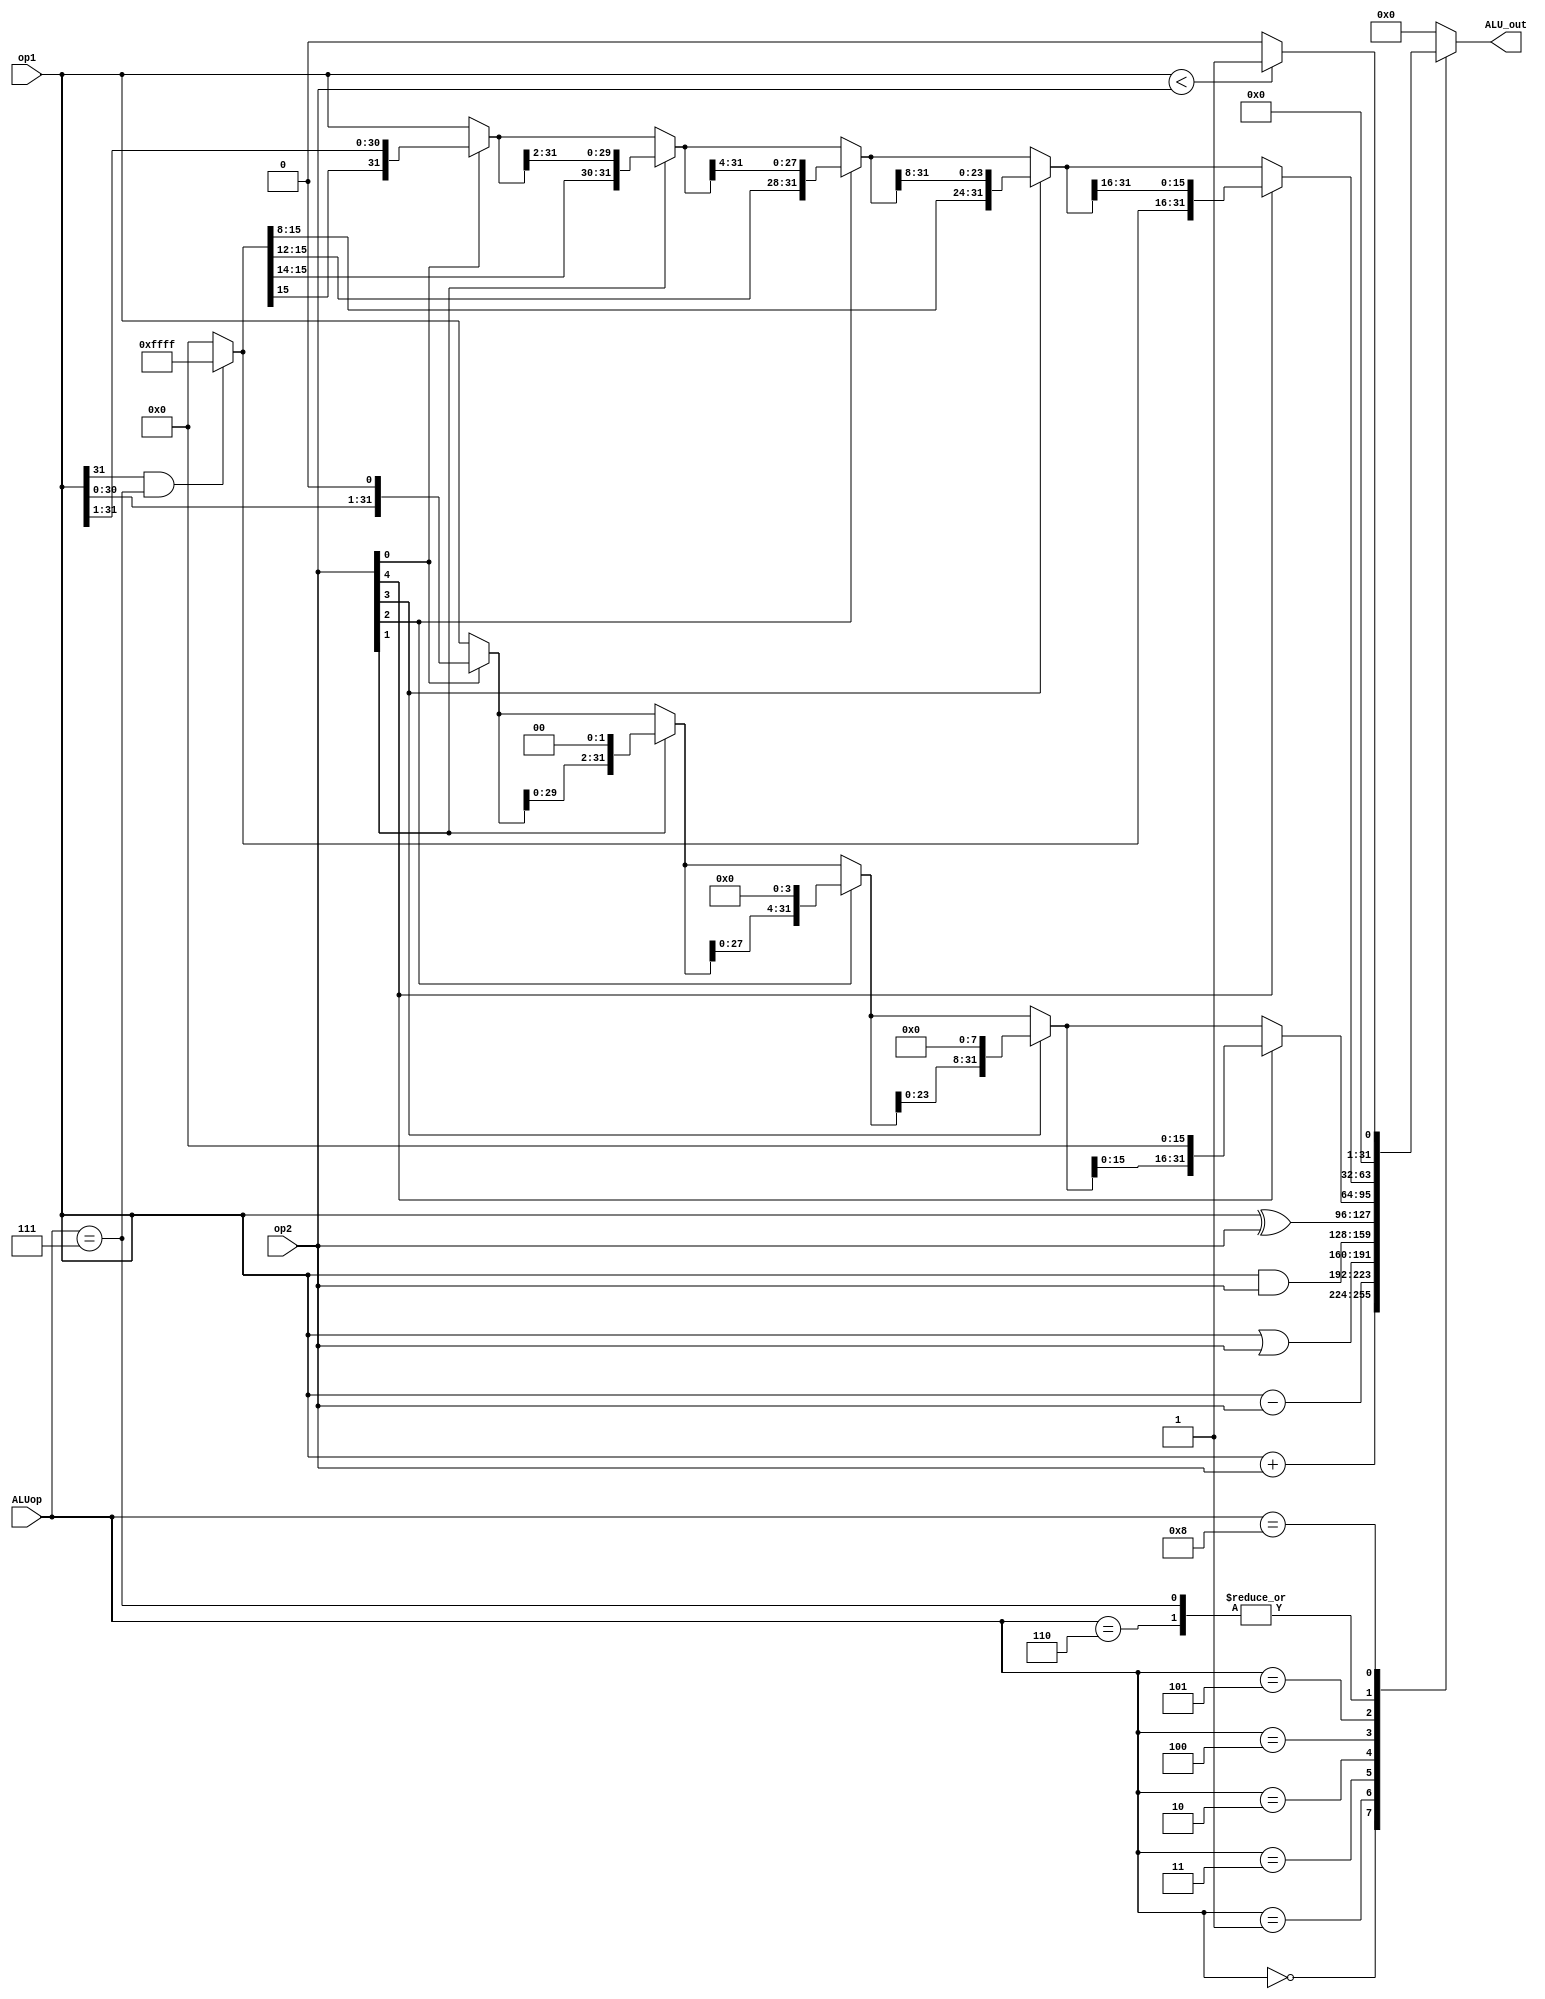
module ALU (
    input [3:0] ALUop, 
    input [31:0] op1, op2,
    output reg [31:0] ALU_out
);
    localparam ADD_op = 4'b0000;
    localparam SUB_op = 4'b0001;
    localparam AND_op = 4'b0010;
    localparam OR_op = 4'b0011;
    localparam XOR_op = 4'b0100;
    localparam SLL_op = 4'b0101; //Shift Left Logical
    localparam SRL_op = 4'b0110; //Shift Right Logical 
    localparam SRA_op = 4'b0111; //Shift Right Arith
    localparam SLT_op = 4'b1000; //Set less than


    reg [31:16]     shift_right_fill_r;
    reg [31:0]      shift_right_1_r;
    reg [31:0]      shift_right_2_r;
    reg [31:0]      shift_right_4_r;
    reg [31:0]      shift_right_8_r;
    reg [31:0]      shift_left_1_r;
    reg [31:0]      shift_left_2_r;
    reg [31:0]      shift_left_4_r;
    reg [31:0]      shift_left_8_r;

    always @(op1 or op2 or ALUop) begin

        shift_right_fill_r = 16'b0;
        shift_right_1_r = 32'b0;
        shift_right_2_r = 32'b0;
        shift_right_4_r = 32'b0;
        shift_right_8_r = 32'b0;
        shift_left_1_r = 32'b0;
        shift_left_2_r = 32'b0;
        shift_left_4_r = 32'b0;
        shift_left_8_r = 32'b0;


        case (ALUop)
            ADD_op: begin
                ALU_out <= (op1 + op2);
            end
            SUB_op: begin
                ALU_out <= (op1 - op2);
            end
            OR_op: begin
                ALU_out <= (op1 | op2);
            end
            AND_op: begin
                ALU_out <= (op1 & op2);
            end
            XOR_op: begin
                ALU_out <= (op1 ^ op2);
            end
            SLL_op: begin
                if (op2[0] == 1'b1)
                shift_left_1_r = {op1[30:0],1'b0};
                else
                    shift_left_1_r = op1;

                if (op2[1] == 1'b1)
                    shift_left_2_r = {shift_left_1_r[29:0],2'b00};
                else
                    shift_left_2_r = shift_left_1_r;

                if (op2[2] == 1'b1)
                    shift_left_4_r = {shift_left_2_r[27:0],4'b0000};
                else
                    shift_left_4_r = shift_left_2_r;

                if (op2[3] == 1'b1)
                    shift_left_8_r = {shift_left_4_r[23:0],8'b00000000};
                else
                    shift_left_8_r = shift_left_4_r;

                if (op2[4] == 1'b1)
                    ALU_out = {shift_left_8_r[15:0],16'b0000000000000000};
                else
                    ALU_out = shift_left_8_r;
            end
            SRL_op, SRA_op: begin
                if (op1[31] == 1'b1 && ALUop == SRA_op)
                    shift_right_fill_r = 16'b1111111111111111;
                else
                    shift_right_fill_r = 16'b0000000000000000;
    
                if (op2[0] == 1'b1)
                    shift_right_1_r = {shift_right_fill_r[31], op1[31:1]};
                else
                    shift_right_1_r = op1;
    
                if (op2[1] == 1'b1)
                    shift_right_2_r = {shift_right_fill_r[31:30], shift_right_1_r[31:2]};
                else
                    shift_right_2_r = shift_right_1_r;
    
                if (op2[2] == 1'b1)
                    shift_right_4_r = {shift_right_fill_r[31:28], shift_right_2_r[31:4]};
                else
                    shift_right_4_r = shift_right_2_r;
    
                if (op2[3] == 1'b1)
                    shift_right_8_r = {shift_right_fill_r[31:24], shift_right_4_r[31:8]};
                else
                    shift_right_8_r = shift_right_4_r;
    
                if (op2[4] == 1'b1)
                    ALU_out = {shift_right_fill_r[31:16], shift_right_8_r[31:16]};
                else
                    ALU_out = shift_right_8_r;
            end
            SLT_op: begin
                ALU_out = (op1 < op2) ? 32'b1 : 32'b0;
            end
            default: begin
                ALU_out <= 32'b0;
            end
        endcase
        // if(ALUop == AND_op) ALU_out <= op1 & op2;
        // else if(ALUop == OR_op) ALU_out <= op1 | op2;
        // else if(ALUop == ADD_op) ALU_out <= op1 + op2;
        // else if(ALUop == SUB_op) ALU_out <= op1 - op2;
        // else ALU_out <= ALU_out;
    end
endmodule